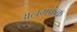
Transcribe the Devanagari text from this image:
अलगफंक